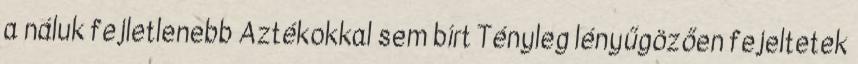
a náluk fejletlenebb Aztékokkal sem bírt Tényleg lényűgözően fejeltetek